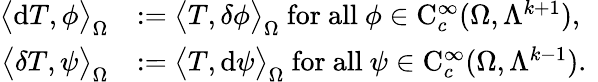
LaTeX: \begin{array}{rl}{\big\langle\mathrm{d}T,\phi\big\rangle_{\Omega}}&{:=\big\langle T,{\delta}\phi\big\rangle_{\Omega}\mathrm{~for~all~}\phi\in\mathrm{C}_{c}^{\infty}(\Omega,\Lambda^{k+1})\mathrm{,~}}\\ {\big\langle{\delta}T,\psi\big\rangle_{\Omega}}&{:=\big\langle T,\mathrm{d}\psi\big\rangle_{\Omega}\mathrm{~for~all~}\psi\in\mathrm{C}_{c}^{\infty}(\Omega,\Lambda^{k-1})\mathrm{.~}}\end{array}